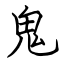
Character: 鬼